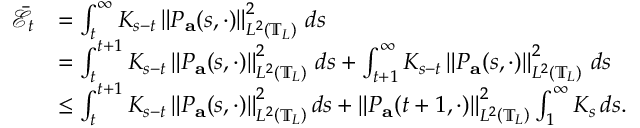
\begin{array} { r l } { \bar { \mathcal { E } } _ { t } } & { = \int _ { t } ^ { \infty } K _ { s - t } \left\| P _ { \mathbf { a } } ( s , \cdot ) \right\| _ { L ^ { 2 } \left( \mathbb { T } _ { L } \right) } ^ { 2 } \, d s } \\ & { = \int _ { t } ^ { t + 1 } K _ { s - t } \left\| P _ { \mathbf { a } } ( s , \cdot ) \right\| _ { L ^ { 2 } \left( \mathbb { T } _ { L } \right) } ^ { 2 } \, d s + \int _ { t + 1 } ^ { \infty } K _ { s - t } \left\| P _ { \mathbf { a } } ( s , \cdot ) \right\| _ { L ^ { 2 } \left( \mathbb { T } _ { L } \right) } ^ { 2 } \, d s } \\ & { \leq \int _ { t } ^ { t + 1 } K _ { s - t } \left\| P _ { \mathbf { a } } ( s , \cdot ) \right\| _ { L ^ { 2 } \left( \mathbb { T } _ { L } \right) } ^ { 2 } d s + \left\| P _ { \mathbf { a } } ( t + 1 , \cdot ) \right\| _ { L ^ { 2 } \left( \mathbb { T } _ { L } \right) } ^ { 2 } \int _ { 1 } ^ { \infty } K _ { s } \, d s . } \end{array}